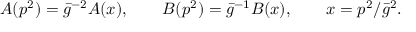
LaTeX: A ( p ^ { 2 } ) = \bar { g } ^ { - 2 } A ( x ) , \qquad B ( p ^ { 2 } ) = \bar { g } ^ { - 1 } B ( x ) , \qquad x = p ^ { 2 } / { \bar { g } ^ { 2 } } .